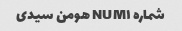
شماره NUM۱ هومن سیدی